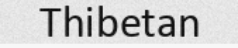
Thibetan